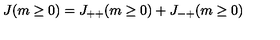
J ( m \ge 0 ) = J _ { + + } ( m \ge 0 ) + J _ { - + } ( m \ge 0 )